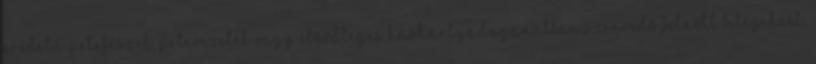
eredetű petefészek, petevezeték vagy elsődleges hashártyadaganatban szenvedő felnőtt betegeknél,